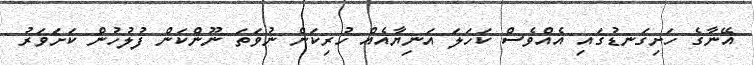
އޭނާގެ ހަށިގަނޑުގައި އެއްވެސް ކަހަލަ އަނިޔާއެއް ހުރިކަން ނުވަތަ ނޫންކަން ފުލުހުން ކަށަވަރު